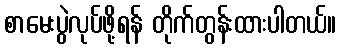
စာမေးပွဲလုပ်ဖို့ရန် တိုက်တွန်းထားပါတယ်။